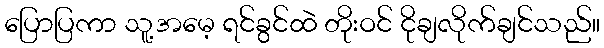
ပြောပြကာ သူ့အမေ့ ရင်ခွင်ထဲ တိုးဝင် ငိုချလိုက်ချင်သည်။